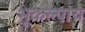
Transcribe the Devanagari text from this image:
भूकल्पाय